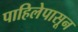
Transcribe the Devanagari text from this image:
पाहिलेपासून